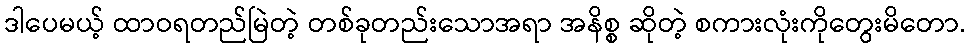
ဒါပေမယ့် ထာဝရတည်မြဲတဲ့ တစ်ခုတည်းသောအရာ အနိစ္စ ဆိုတဲ့ စကားလုံးကိုတွေးမိတော.